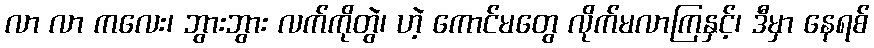
လာ လာ ကလေး၊ ဘွားဘွား လက်ကိုတွဲ၊ ဟဲ့ ကောင်မတွေ လိုက်မလာကြနှင့်၊ ဒီမှာ နေရစ်